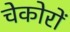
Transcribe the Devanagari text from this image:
चेकोरों